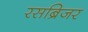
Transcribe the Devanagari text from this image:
रसब्रिजर